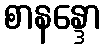
စာနန္ဒော